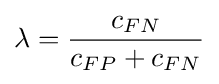
\lambda ={\frac {c_{FN}}{c_{FP}+c_{FN}}}